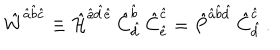
LaTeX: \hat { W } ^ { \hat { a } \hat { b } \hat { c } } \equiv \hat { \cal H } ^ { \hat { a } \hat { d } \hat { e } } \, \hat { C } _ { \hat { d } } ^ { \hat { b } } \, \hat { C } _ { \hat { e } } ^ { \hat { c } } = \hat { P } ^ { \hat { a } \hat { b } \hat { d } } \, \hat { C } _ { \hat { d } } ^ { \hat { c } } \, .